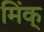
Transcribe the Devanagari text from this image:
मिंक्